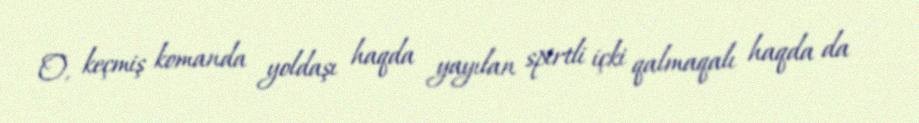
O, keçmiş komanda yoldaşı haqda yayılan spirtli içki qalmaqalı haqda da